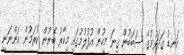
ކަނޑު ގަދަވުމުގެ ސަބަބުން ގިނަ މީހުން އުފުލުމުގައި މިހާރު ބޭނުން ކުރަމުން އަންނަނީ